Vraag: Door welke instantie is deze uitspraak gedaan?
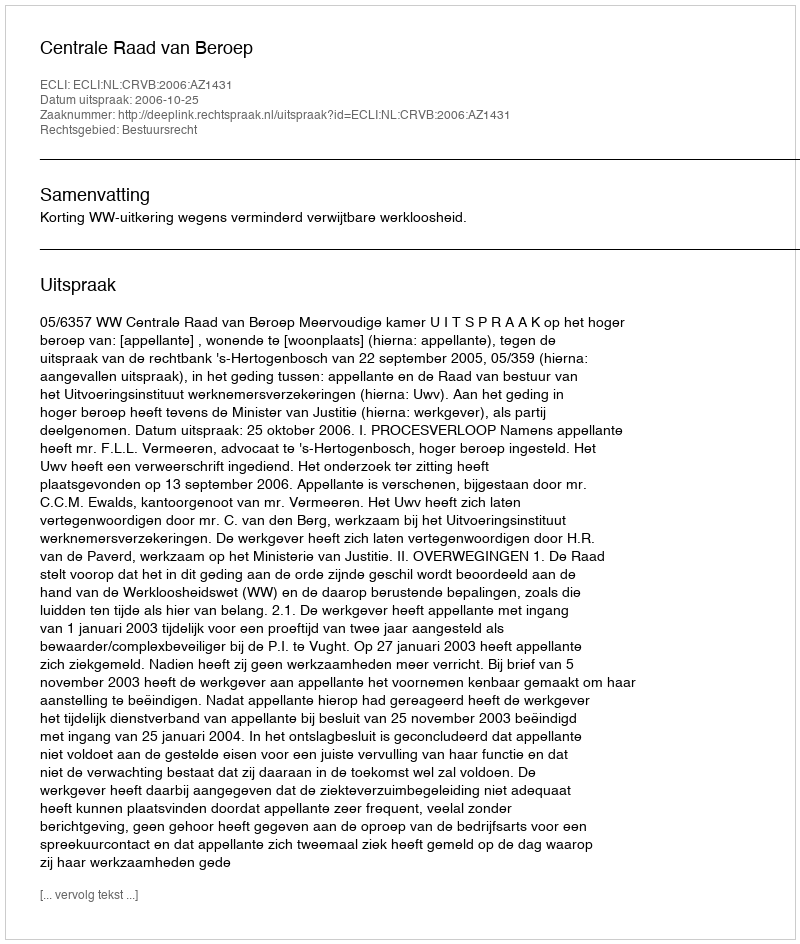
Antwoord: Centrale Raad van Beroep